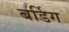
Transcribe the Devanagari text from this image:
बर्डिग